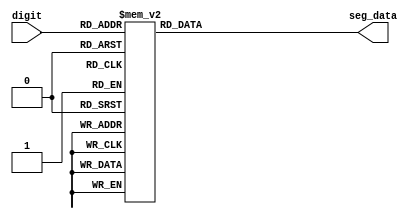
`timescale 1ns / 1ps
//////////////////////////////////////////////////////////////////////////////////
// Company: 
// Engineer: 
// 
// Design Name: 
// Module Name: sevenSegDigit
// Project Name: 
// Target Devices: 
// Tool Versions: 
// Description: 
// 
// Dependencies: 
// 
// Revision:
// Revision 0.01 - File Created
// Additional Comments:
// 
//////////////////////////////////////////////////////////////////////////////////


module sevenSegDigit(
  input [3:0] digit, 
  output reg [7:0] seg_data
  );
  always @(digit) begin 
    case (digit)
      4'h0: seg_data = 8'b00000011;
      4'h1: seg_data = 8'b10011111;
      4'h2: seg_data = 8'b00100101;
      4'h3: seg_data = 8'b00001101;
      4'h4: seg_data = 8'b10011001;
      4'h5: seg_data = 8'b01001001;
      4'h6: seg_data = 8'b01000001;
      4'h7: seg_data = 8'b00011111;
      4'h8: seg_data = 8'b00000001; 
      4'h9: seg_data = 8'b00001001;
      4'ha: seg_data = 8'b00010001;
      4'hb: seg_data = 8'b11000001;
      4'hC: seg_data = 8'b01100011;
      4'hd: seg_data = 8'b10000101;
      4'he: seg_data = 8'b01100001;
      4'hf: seg_data = 8'b01110001;
      default: 
            seg_data = 8'b11111101;
    endcase
  end
endmodule